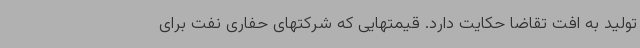
تولید به افت تقاضا حکایت دارد. قیمتهایی که شرکتهای حفاری نفت برای